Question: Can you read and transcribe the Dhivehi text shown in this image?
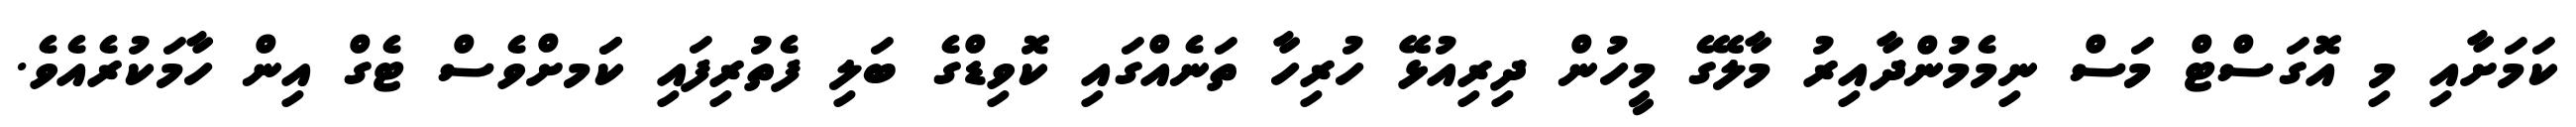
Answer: ކަމަށާއި މި އޮގަސްޓް މަސް ނިމެމުންދާއިރު މާލޭގެ މީހުން ދިރިއުޅޭ ހުރިހާ ތަނެއްގައި ކޮވިޑްގެ ބަލި ފެތުރިފައި ކަަމށްވެސް ޓެގް އިން ހާމަކުރެއެވެ.